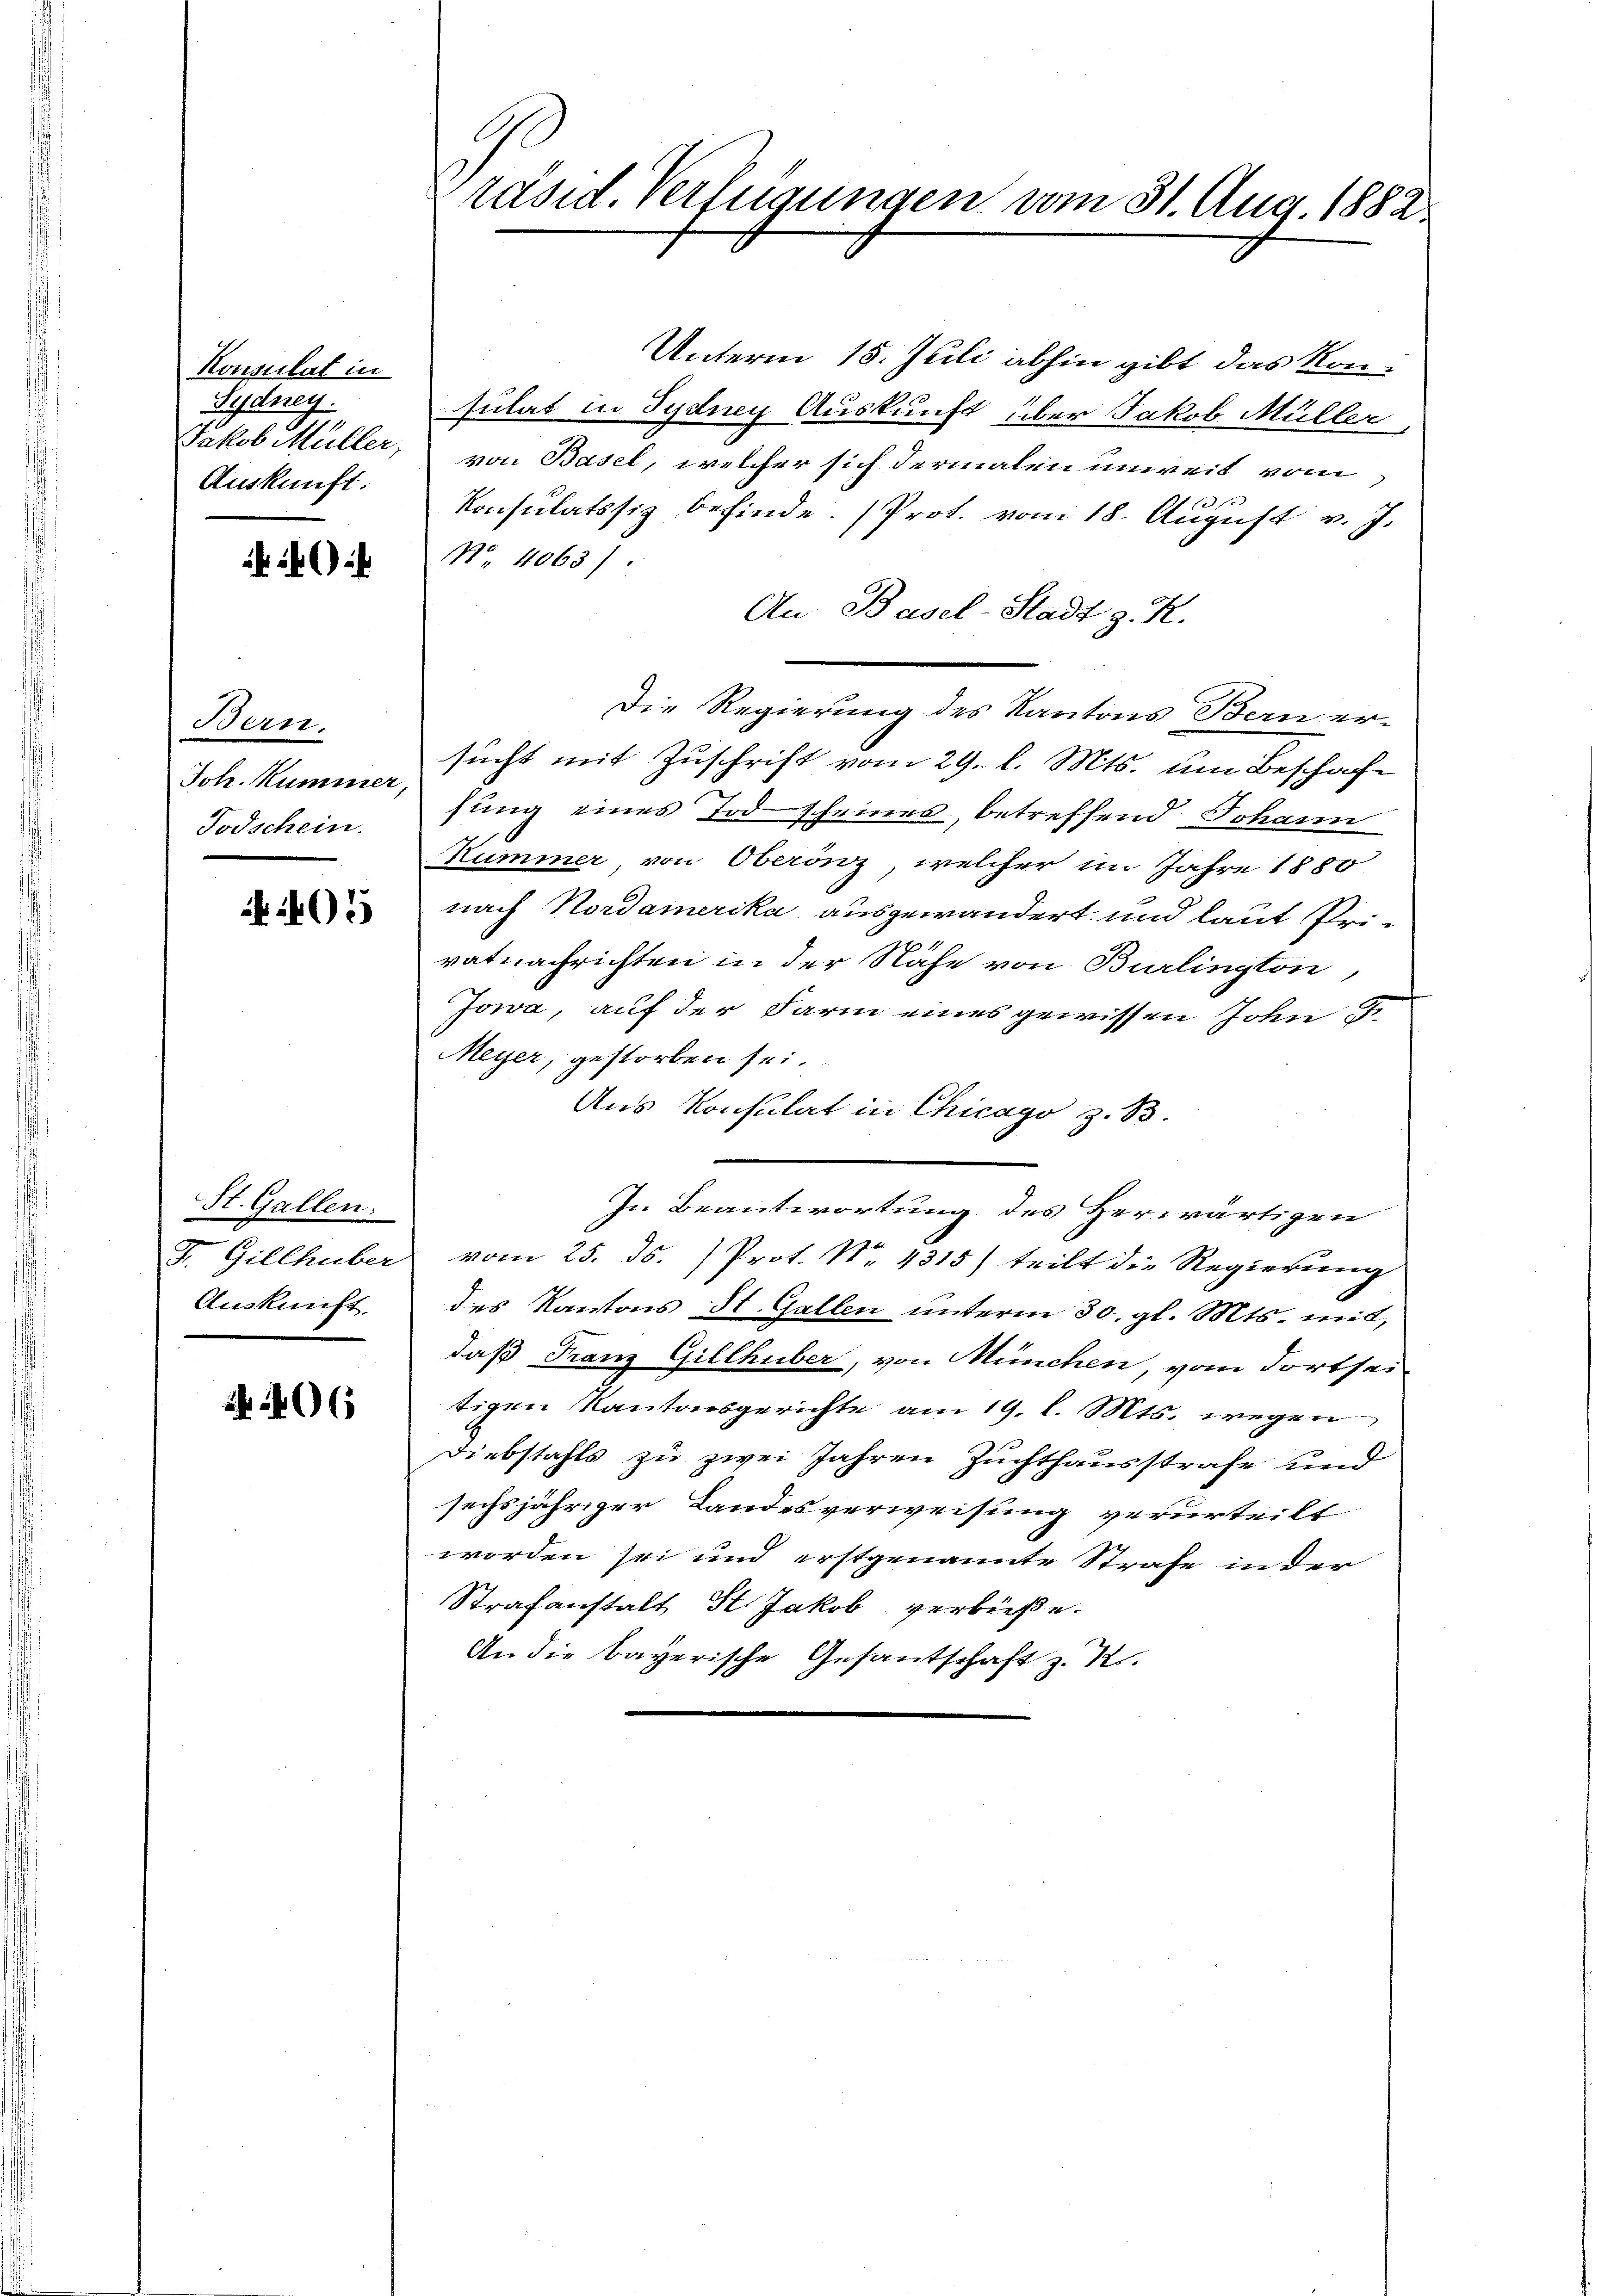
Konsulat in
Sydney.
Jakob Müller,
Auskunft.

40

Bern.
Joh. Kummer,
Todschein.

05

St. Gallen:
F. Gillhuber
Auskunft.

406

räsid. Verfügungen vom 31. Aug. 1882

Unterm 15. Juli abhin gibt das Konsulat in Syding Auskunft über Jakob Müller
von Basel, welcher sich dermalen unweit vom
2
Konsulatssiz befinde. (Prot. vom 18. August v. J.
No. 4063).
An Basel-Stadt z. R.
Die Regierung des Kantons Bern er-
sucht mit Zuschrift vom 29. l. Mts. um Beschafe
hung eines Todscheines, betreffend Johann
Kummer von Oberönz, welcher im Jahre 1880
nach Nordamerika ausgewandert und laut Privatnachrichten in der Nähe von Burlington,
Jowa, auf der Darm eines gewissen John
Meyer, gestorben sei.
Aus Konsulat in Chicago z. B.
In Beantwortung des Herwärtigen
vom 25. 35. Prot. No 1315) teilt die Regierung
des Kantons St. Gallen unterm 30. gl. Mts. mit,
daß Franz Gillhuber, von München, vom dortsei
tigen Kantonsgerichte am 19. l. Mts. wegen
Diebstahls zu zwei Jahren Zuchthausstrafe und
sechsjähriger Landesverweisung verurteilt
worden sei und erstgenannte Strafe in der
Strafanstalt St. Jakob verbieße.
An die bayerische Gesantschaft z. R.